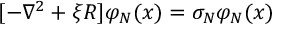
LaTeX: [ - \nabla ^ { 2 } + \xi R ] \varphi _ { N } ( x ) = \sigma _ { N } \varphi _ { N } ( x )